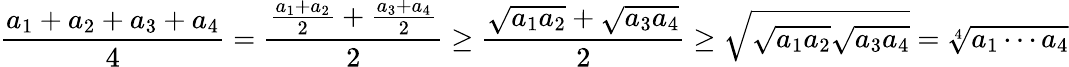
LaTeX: \frac{a_{1}+a_{2}+a_{3}+a_{4}}{4}=\frac{\frac{a_{1}+a_{2}}{2}+\frac{a_{3}+a_{4}}{2}}{2}\geq\frac{\sqrt{a_{1}a_{2}}+\sqrt{a_{3}a_{4}}}{2}\geq\sqrt{\sqrt{a_{1}a_{2}}\sqrt{a_{3}a_{4}}}=\sqrt[4]{a_{1}\cdots a_{4}}